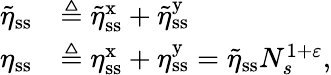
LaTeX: \begin{array}{rl}{\tilde{\eta}_{\mathrm{ss}}}&{\triangleq\tilde{\eta}_{\mathrm{ss}}^{\mathrm{x}}+\tilde{\eta}_{\mathrm{ss}}^{\mathrm{y}}}\\ {\eta_{\mathrm{ss}}}&{\triangleq\eta_{\mathrm{ss}}^{\mathrm{x}}+\eta_{\mathrm{ss}}^{\mathrm{y}}=\tilde{\eta}_{\mathrm{ss}}N_{s}^{1+\varepsilon},}\end{array}